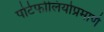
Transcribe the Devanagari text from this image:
पोर्टफोलियोप्रमाणे